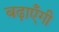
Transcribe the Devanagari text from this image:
बढ़ाएँगी